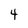
Character: 4